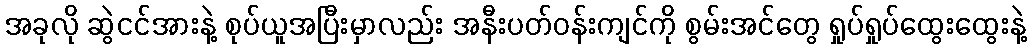
အခုလို ဆွဲငင်အားနဲ့ စုပ်ယူအပြီးမှာလည်း အနီးပတ်ဝန်းကျင်ကို စွမ်းအင်တွေ ရှုပ်ရှုပ်ထွေးထွေးနဲ့